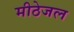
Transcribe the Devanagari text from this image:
मीठेजल